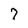
Character: 7